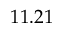
1 1 . 2 1 \